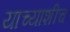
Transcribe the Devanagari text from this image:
याच्याशीच